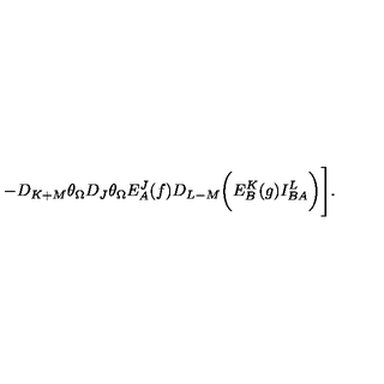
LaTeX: - D _ { K + M } \theta _ { \Omega } D _ { J } \theta _ { \Omega } E _ { A } ^ { J } ( f ) D _ { L - M } \biggl ( E _ { B } ^ { K } ( g ) I _ { B A } ^ { L } \biggr ) \Biggr ] .